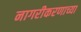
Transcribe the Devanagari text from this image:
नागरीकरणाच्या